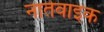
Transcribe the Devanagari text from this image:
नातेवाइक